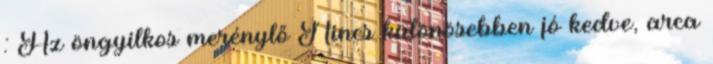
: Az öngyilkos merénylő Nincs különösebben jó kedve, arca